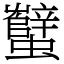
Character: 蠥